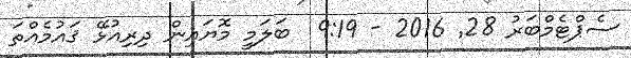
ސެޕްޓެމްބަރު 28